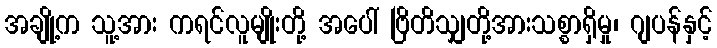
အချို့က သူ့အား ကရင်လူမျိုးတို့ အပေါ် ဗြိတိသျှတို့အားသစ္စာရှိမှု၊ ဂျပန်နှင့်